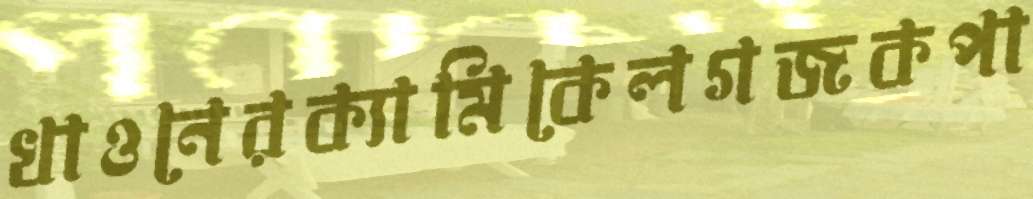
খাওনেরক্যামিকেলগজকপা